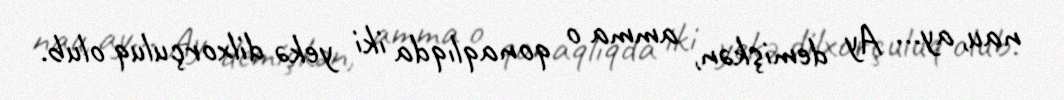
nau, ay... Ay demişkən, amma o qonaqlıqda iki yekə dilxorçuluq olub.